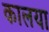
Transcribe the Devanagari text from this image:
कालया